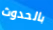
بالحدوث